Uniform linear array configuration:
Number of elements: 64
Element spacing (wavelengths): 0.25
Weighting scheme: hamming
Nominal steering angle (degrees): -15
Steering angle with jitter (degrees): -15.983
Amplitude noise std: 0.05
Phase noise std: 0.05

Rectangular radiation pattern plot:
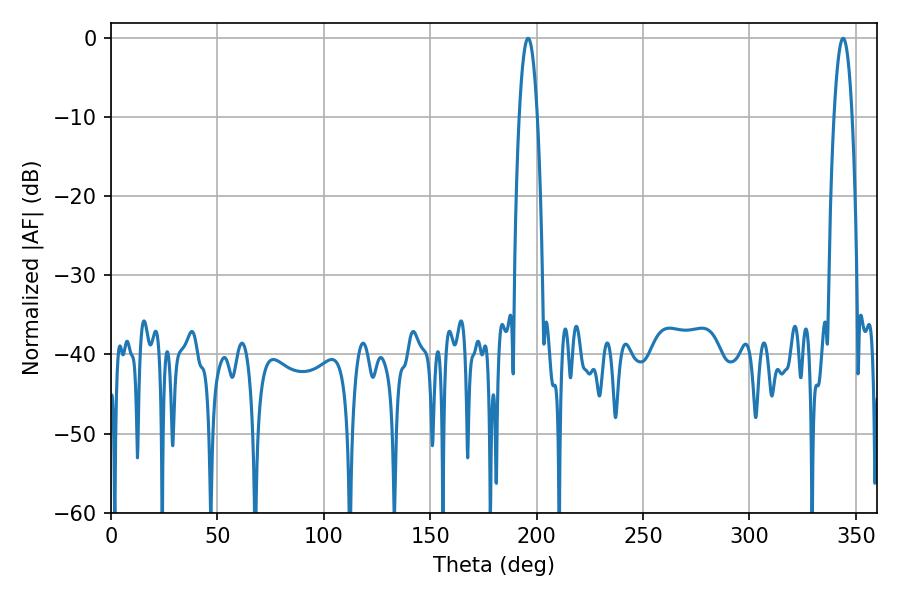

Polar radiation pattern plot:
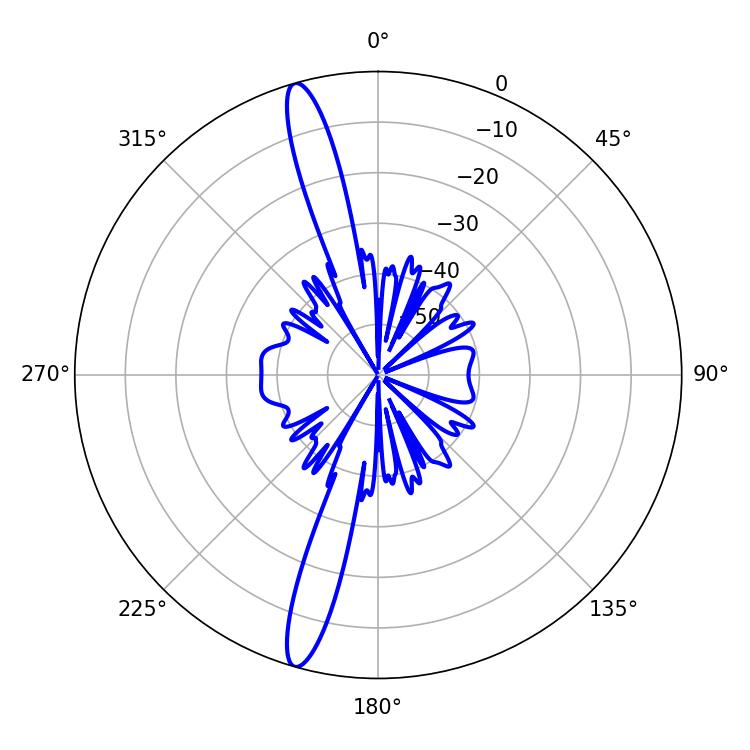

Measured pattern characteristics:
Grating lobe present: FALSE
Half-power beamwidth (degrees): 4.68
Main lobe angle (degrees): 196.02